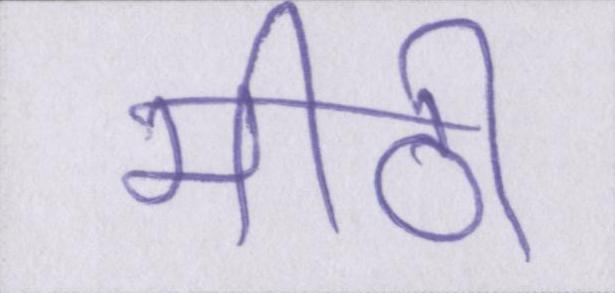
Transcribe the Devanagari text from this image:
मीठी